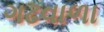
ગઢવાળા